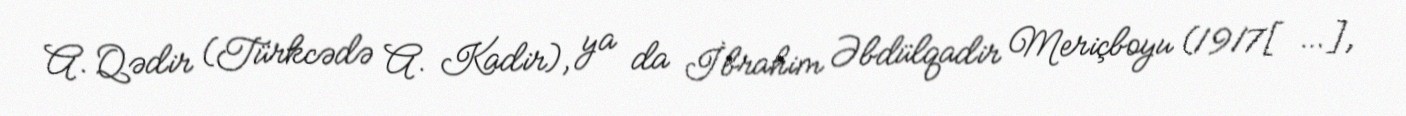
A. Qədir (Türkcədə A. Kadir), ya da İbrahim Əbdülqadir Meriçboyu (1917[…],